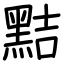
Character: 黠